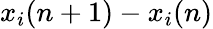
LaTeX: x_{i}(n+1)-x_{i}(n)